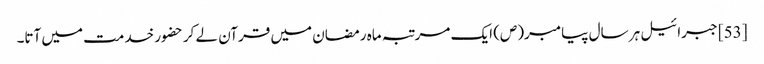
[53] جبرائیل ہر سال پیامبر(ص) ایک مرتبہ ماہ رمضان میں قرآن لے کر حضور خدمت میں آتا۔